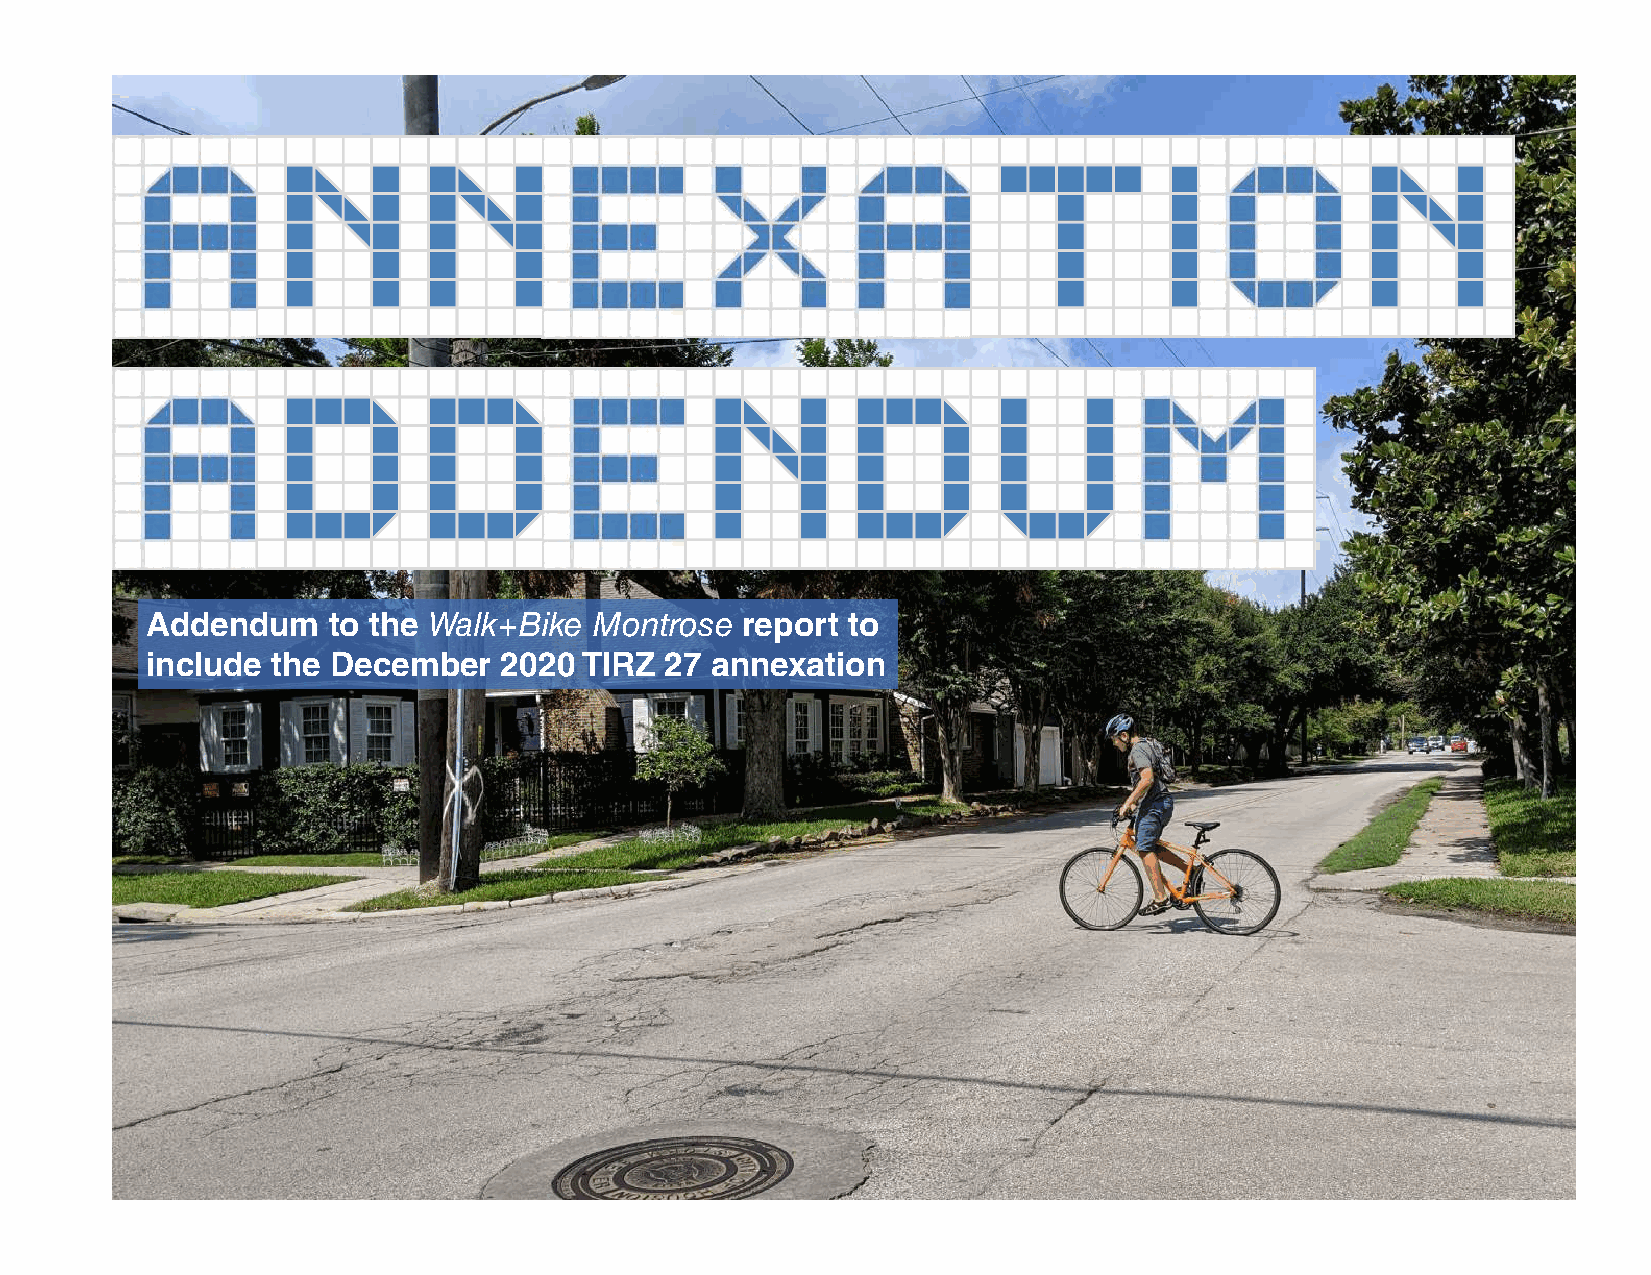
Addendum    to the Walk+Bike Montrose  report to
 include the December   2020 TIRZ  27 annexation